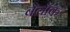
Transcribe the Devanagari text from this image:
बेल्रॉक